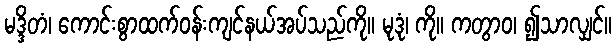
မဒ္ဒိတံ၊ ကောင်းစွာထက်ဝန်းကျင်နယ်အပ်သည်ကို။ မုဒုံ၊ ကို။ ကတွာဝ၊ ၍သာလျှင်။